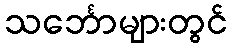
သင်္ဘောများတွင်